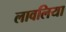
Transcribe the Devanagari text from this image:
लावलिया